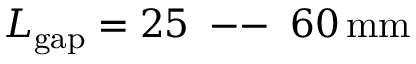
L _ { \mathrm { g a p } } = 2 5 \, \mathrm { ~ -- ~ } \, 6 0 \, \mathrm { m m }